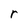
Character: r